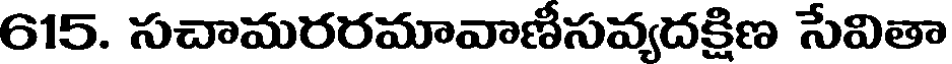
615. సచామరరమావాణీసవ్యదక్షిణ సేవితా